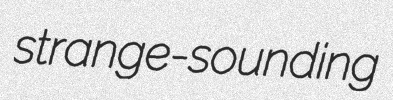
strange-sounding